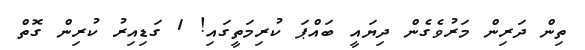
ތިން ދަރިން މަރުވެގެން ދިޔައީ ބައްޕަ ކުރިމަތީގައި! 1 ގަޑިއިރު ކުރިން ގޮތް